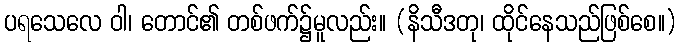
ပရသေလေ ဝါ၊ တောင်၏ တစ်ဖက်၌မူလည်း။ (နိသီဒတု၊ ထိုင်နေသည်ဖြစ်စေ။)